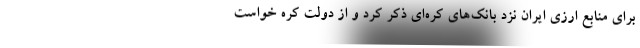
برای منابع ارزی ایران نزد بانک‌های کره‌ای ذکر کرد و از دولت کره خواست